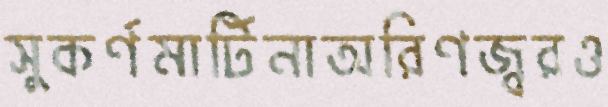
সুকর্ণমার্টিনাঅরিণজ্বরও